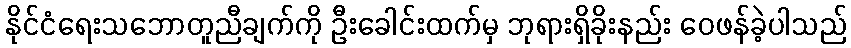
နိုင်ငံရေးသဘောတူညီချက်ကို ဦးခေါင်းထက်မှ ဘုရားရှိခိုးနည်း ဝေဖန်ခဲ့ပါသည်